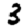
Digit: 3